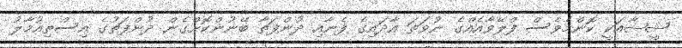
ޝީޝާއަކީ ކޮންމެވެސް ފްލޭވާއެއްގެ ނުވަތަ އާދައިގެ ފެނާއި ދުންފަތާ ބޭނުންކޮށްގެން ދުންފަތުގެ އިސްތިއުމާލު